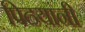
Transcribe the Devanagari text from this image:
पिढय़ांनी